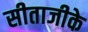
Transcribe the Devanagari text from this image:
सीताजीके